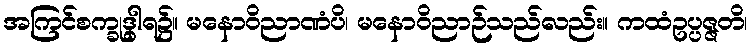
အကြင်စက္ခုဒွါရ၌။ မနောဝိညာဏံပိ၊ မနောဝိညာဉ်သည်လည်း။ ကထံဥပ္ပဇ္ဇတိ၊